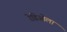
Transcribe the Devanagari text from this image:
रेडिओला